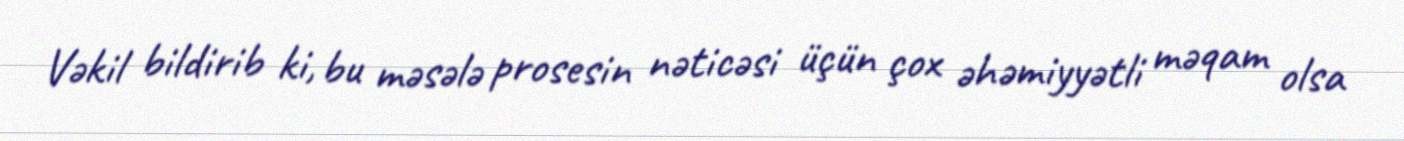
Vəkil bildirib ki, bu məsələ prosesin nəticəsi üçün çox əhəmiyyətli məqam olsa